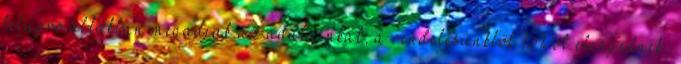
felugró ablakban megadjuk az adatainkat, a rendelésünkből 15%-ot elengednek,